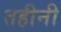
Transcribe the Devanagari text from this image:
तहीनी